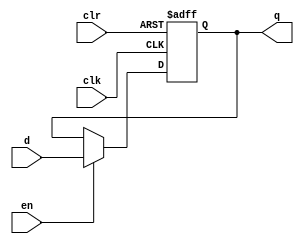
module dff(
	input wire [0:0] clk,
	input wire [0:0] clr,
	input wire [0:0] en,
	input wire [0:0] d,
	output reg [0:0] q
);
	initial begin
	   q = 0;
	end
	always@(posedge clk or posedge clr) begin
		if(clr == 1) begin 
			q <= 0;
		end
		else begin
			if(en == 1)
				q <= d;
			else 
				q <= q;
		end
	end

endmodule